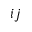
i j